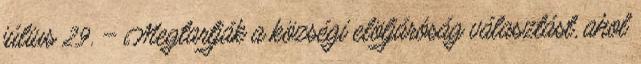
július 29. – Megtartják a községi elöljáróság választást, ahol